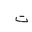
Letter: _ta